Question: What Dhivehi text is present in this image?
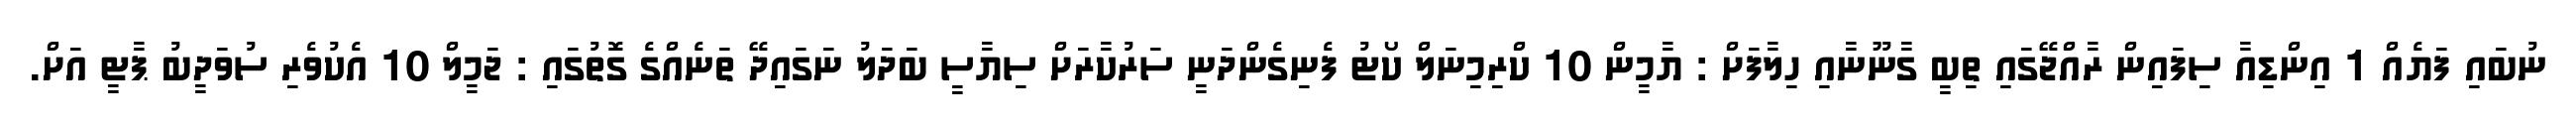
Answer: ނުބައި ފަޔެއް 1 އިންޑިއާ ސިފައިން ރާއްޖޭގައި ތިބީ ގާނޫނާއި ހިލާފަށް : ޔާމީން 10 ކްރިމިނަލް ކޯޓު ފެނިގެންދަނީ ސަރުކާރަށް ސިޔާސީ ބަދަލު ނަގައިދޭ ތަނެއްގެ ގޮތުގައި : ޖަމީލް 10 އެކުވެރި ސުވަދީބު ޕާޓީ އަށް.